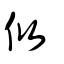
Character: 攸